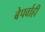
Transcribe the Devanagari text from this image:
बेपर्वाही